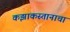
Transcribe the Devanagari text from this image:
कझाकस्तानाचा